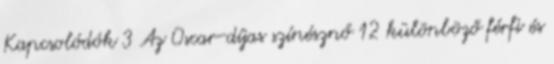
Kapcsolódók 3 Az Oscar-díjas színésznő 12 különböző férfi és